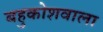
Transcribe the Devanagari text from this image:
बहुकोशवाला